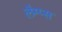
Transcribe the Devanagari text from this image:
लैम्प्स